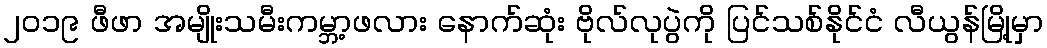
၂၀၁၉ ဖီဖာ အမျိုးသမီးကမ္ဘာ့ဖလား နောက်ဆုံး ဗိုလ်လုပွဲကို ပြင်သစ်နိုင်ငံ လီယွန်မြို့မှာ